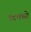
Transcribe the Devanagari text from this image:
९८मध्ये